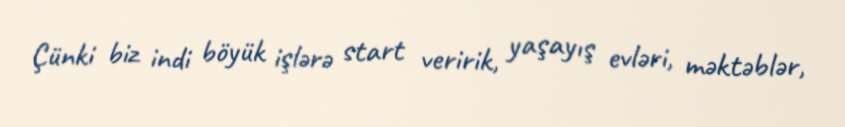
Çünki biz indi böyük işlərə start veririk, yaşayış evləri, məktəblər,